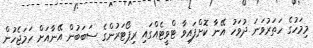
މިމަހުގެ ހަތަރުވަނަ ދުވަހު އޭނާ ކޮށްފައިވާ ޓްވީޓެއްގައި ރިޕޯޓަރުންގެ ސަބަބުން އޭނާއަށް ހަމަޖެހުން